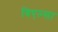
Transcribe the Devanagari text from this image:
बिएल्सा